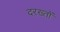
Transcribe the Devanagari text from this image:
दरख्तों